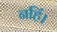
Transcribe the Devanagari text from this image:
नहिं।